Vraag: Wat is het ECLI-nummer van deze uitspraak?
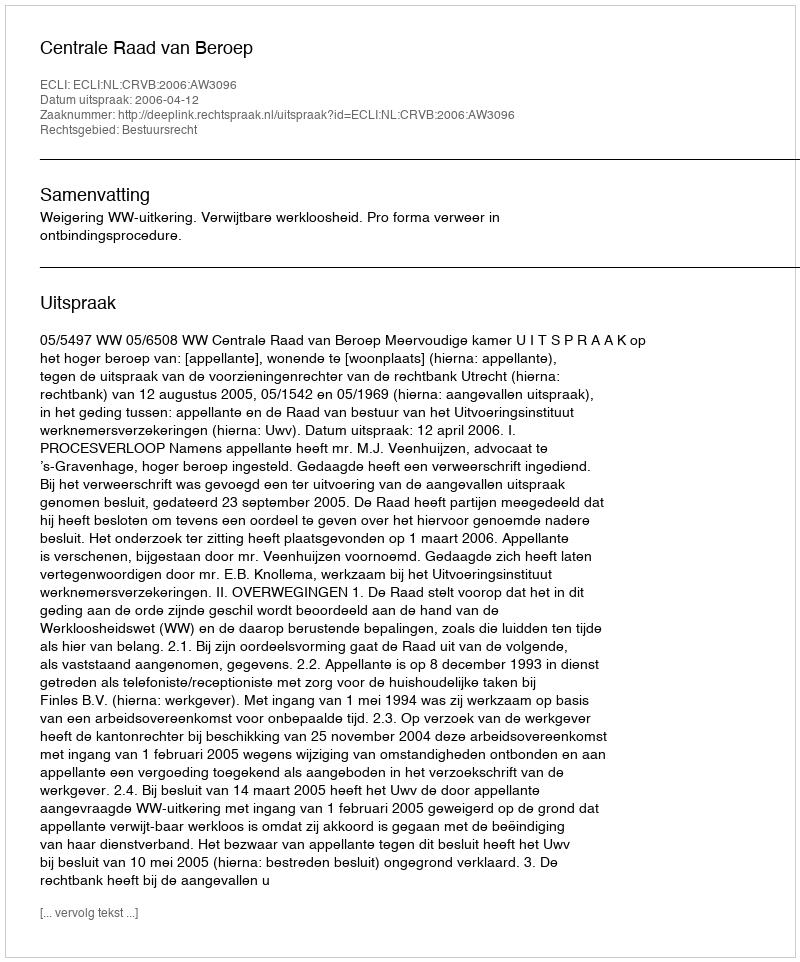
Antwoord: ECLI:NL:CRVB:2006:AW3096